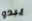
يبدو